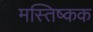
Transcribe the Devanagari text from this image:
मस्तिष्कक